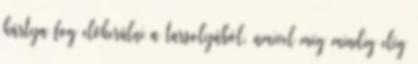
kártya fog előkerülni a tarsolyából, amivel még mindig elég